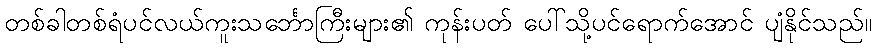
တစ်ခါတစ်ရံပင်လယ်ကူးသင်္ဘောကြီးများ၏ ကုန်းပတ် ပေါ်သို့ပင်ရောက်အောင် ပျံနိုင်သည်။